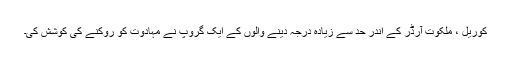
کوریل ، ملکوت آرڈر کے اندر حد سے زیادہ درجہ دینے والوں کے ایک گروپ نے مہادوت کو روکنے کی کوشش کی۔